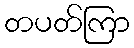
တပတ်ကြာ